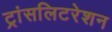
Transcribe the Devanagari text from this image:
ट्रांसलिटरेशन